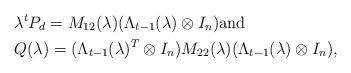
LaTeX: \begin{align*}&\lambda^t P_d = M_{12}(\lambda)(\Lambda_{t-1}(\lambda)\otimes I_n) \mbox{and}\\&Q(\lambda) = (\Lambda_{t-1}(\lambda)^T\otimes I_n)M_{22}(\lambda)(\Lambda_{t-1}(\lambda)\otimes I_n),\end{align*}